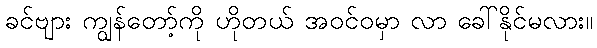
ခင်ဗျား ကျွန်တော့်ကို ဟိုတယ် အဝင်ဝမှာ လာ ခေါ်နိုင်မလား။